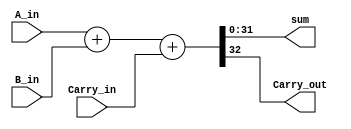
`timescale 1ns / 1ps
//////////////////////////////////////////////////////////////////////////////////
// Company: 
// Engineer: 
// 
// Design Name: 
// Module Name: adder32
// Project Name: 
// Target Devices: 
// Tool Versions: 
// Description: 
// 
// Dependencies: 
// 
// Revision:
// Revision 0.01 - File Created
// Additional Comments:
// 
//////////////////////////////////////////////////////////////////////////////////


module adder32(
    input [31:0] A_in,
    input [31:0] B_in,
    input Carry_in,
    output [31:0] sum,
    output Carry_out
    );
    
    wire[32:0] sum_temp;
    
    assign sum_temp = A_in + B_in + Carry_in;
    assign sum = sum_temp[31:0];
    assign Carry_out = sum_temp[32];
    
endmodule